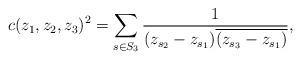
LaTeX: \begin{align*}c(z_1,z_2,z_3)^2= \sum_{s \in S_3} \frac{1}{(z_{s_2}-z_{s_1})\overline{(z_{s_3}-z_{s_1})}},\end{align*}